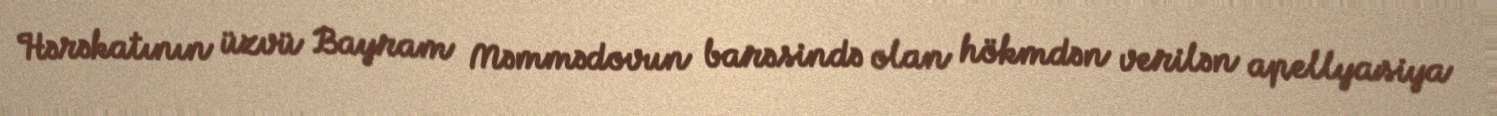
Hərəkatının üzvü Bayram Məmmədovun barəsində olan hökmdən verilən apellyasiya